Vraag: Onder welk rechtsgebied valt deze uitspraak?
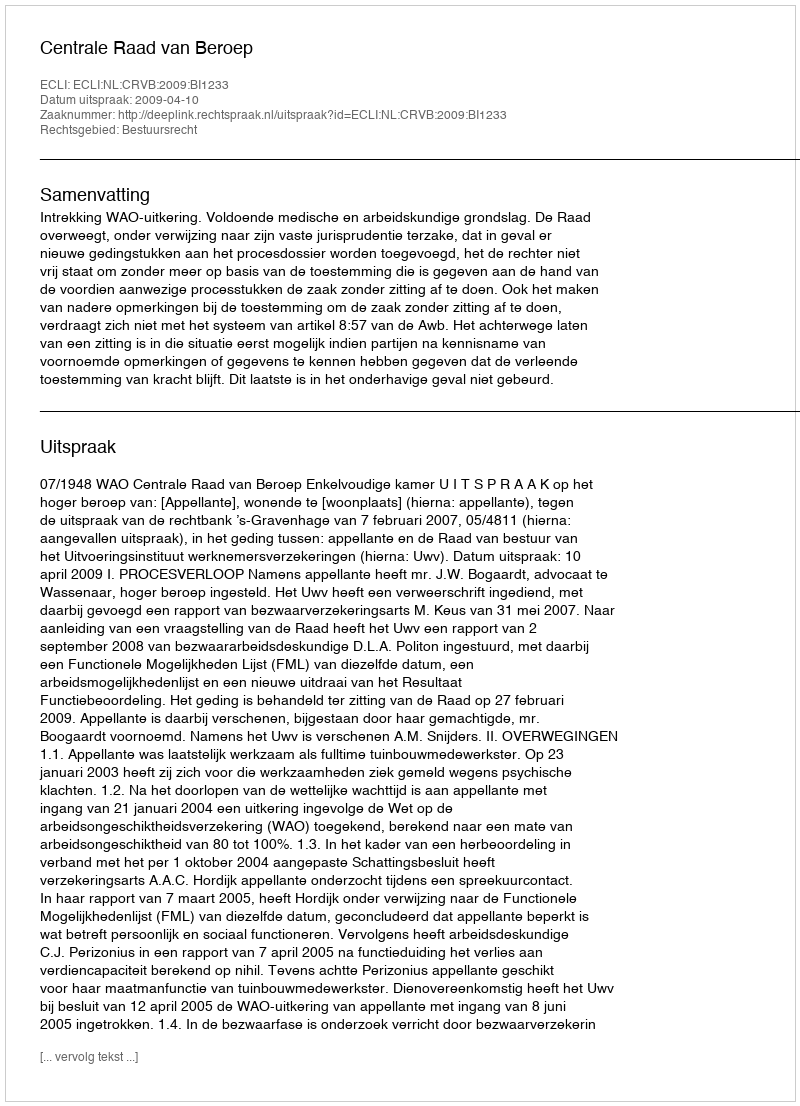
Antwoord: Bestuursrecht